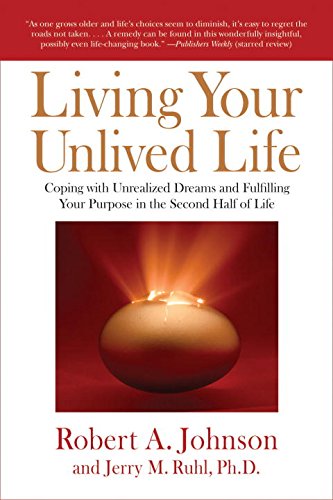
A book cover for Living Your Unlived Life: Coping with Unrealized Dreams and Fulfilling Your Purpose in the Second Half of Life; Robert A. Johnson; Self-Help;